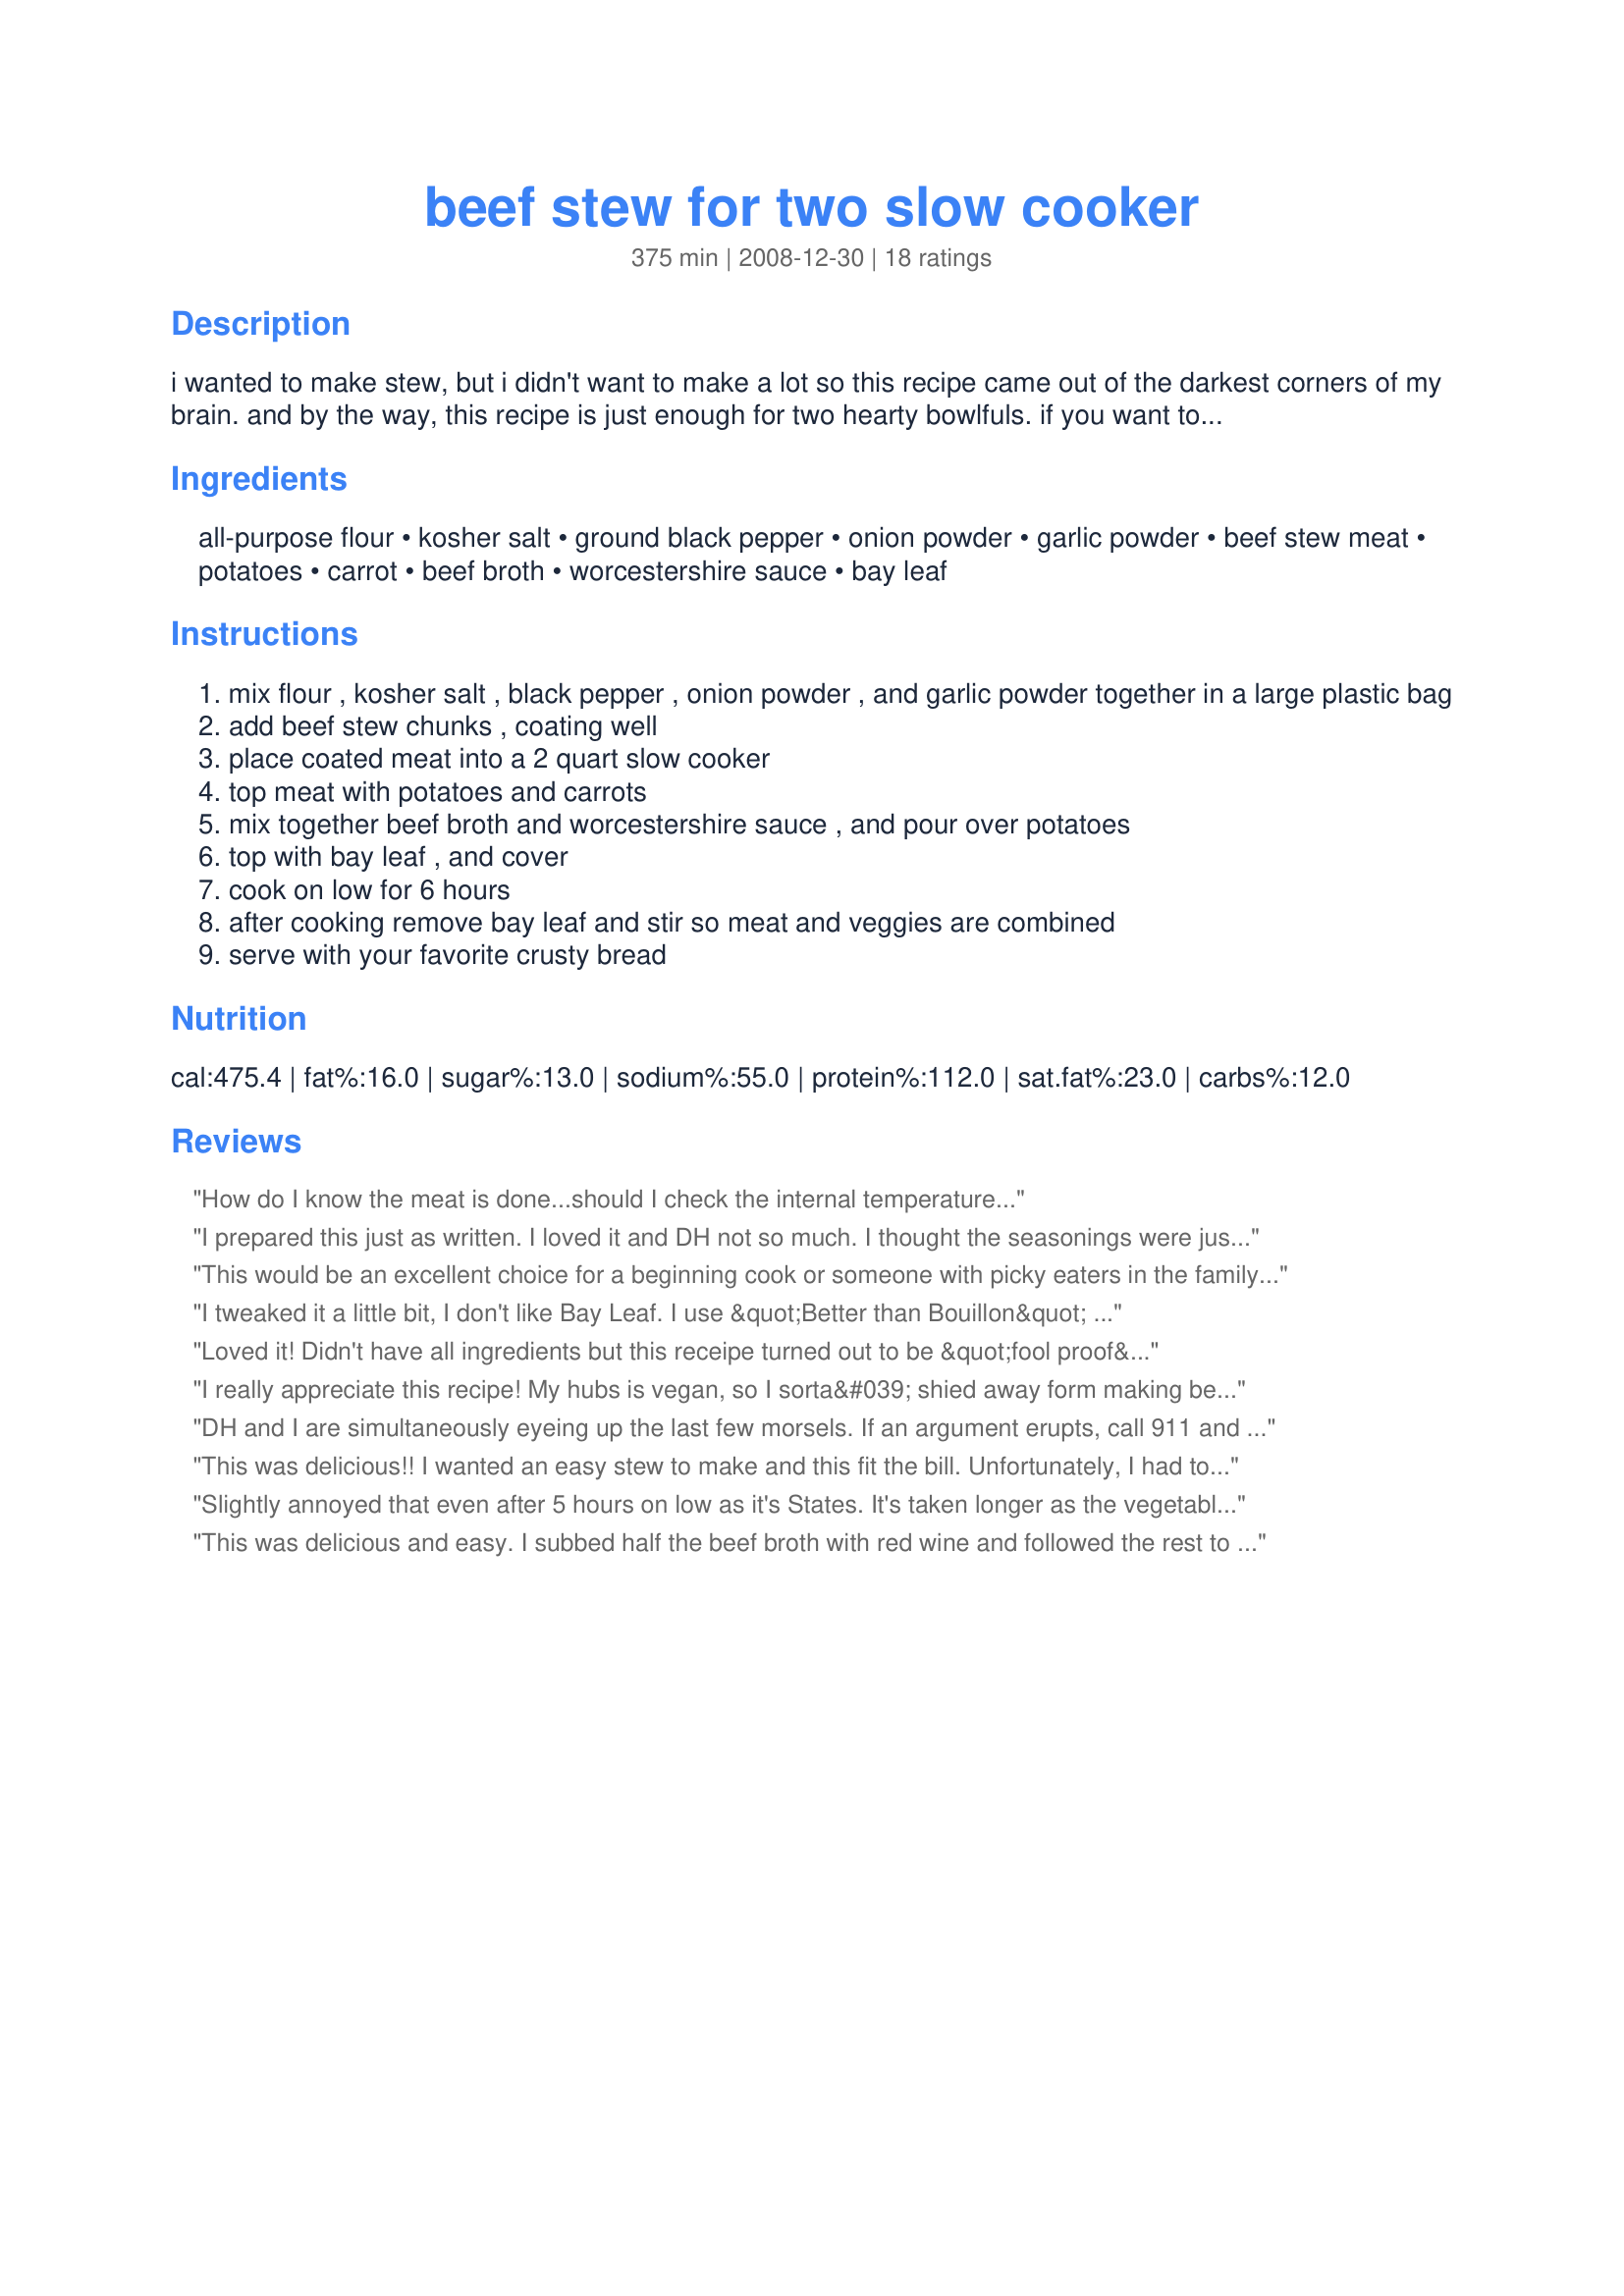
beef stew for two slow cooker
Preparation time: 375 minutes

i wanted to make stew, but i didn't want to make a lot so this recipe came out of the darkest corners of my brain. and by the way, this recipe is just enough for two hearty bowlfuls. if you want to double this, go right ahead. please feel free to adjust the seasonings to your own taste.
submitted to "zaar" on december 30th, 2008.

Ingredients:
all-purpose flour, kosher salt, ground black pepper, onion powder, garlic powder, beef stew meat, potatoes, carrot, beef broth, worcestershire sauce, bay leaf

Steps:
mix flour , kosher salt , black pepper , onion powder , and garlic powder together in a large plastic bag
add beef stew chunks , coating well
place coated meat into a 2 quart slow cooker
top meat with potatoes and carrots
mix together beef broth and worcestershire sauce , and pour over potatoes
top with bay leaf , and cover
cook on low for 6 hours
after cooking remove bay leaf and stir so meat and veggies are combined
serve with your favorite crusty bread

Reviews:
How do I know the meat is done...should I check the internal temperature...
I prepared this just as written. I loved it and DH not so much. I thought the seasonings were just perfect. It did take longer than 6 hours to cook. Perhaps because I used my old crock pot which doesn't cook as hot as the newer appliances. Made for Kittencals Kitchen Crock Pot and Rice Cooker Game.
This would be an excellent choice for a beginning cook or someone with picky eaters in the family. The result is a mild stew which thickens beautifully in the crockpot. I made some changes (half of the meat, added celery & bell pepper, used onions) to meet my family's preferences and was very happy with the result. Served with cornbread and a cucumber salad. Thank you for sharing your recipe!
I tweaked it a little bit, I don't like Bay Leaf. I use &quot;Better than Bouillon&quot; at a pretty high concentration. I add extra potatoes and use baby carrots. I've tried it with wine and without. I prefer it without. The real brilliance and the beauty of this stew, though, is to not having to brown the meat in advance and then not having to thicken the broth at the end. I will say that I get a better flavor if I let it sit several hours (or days) before I eat it. I also like the way that refrigeration will bring a sheet of fat to the top (even using lean or extra lean meat) so I can just scrape it off. Since I discovered this recipe a few weeks ago, I have not been without the stew, it's either in the fridge or in a bowl or in a new batch cooking. Brilliant recipe.
Loved it! Didn't have all ingredients but this receipe turned out to be &quot;fool proof&quot;. Idefinitly would have again.
I really appreciate this recipe! My hubs is vegan, so I sorta&#039; shied away form making beef stew, because all the good recipes I found made a metric ton of the stuff, and, with limited freezer space, I would be the only one left to eat it. Now I can make a batch for myself, have my dad over for dinner, and still have a serving or two left over to freeze! Plus, this recipe really lends itself to subtle tweaks without changing its VERY appealing character. GREAT recipe!
DH and I are simultaneously eyeing up the last few morsels. If an argument erupts, call 911 and report a domestic violence...on him...on him, silly, not me!
This was delicious!! I wanted an easy stew to make and this fit the bill. Unfortunately, I had to leave out the taters and carrots per our new diet. The meat was very tender and tasty. Will make this one again!
Slightly annoyed that even after 5 hours on low as it's States. It's taken longer as the vegetables were raw still, the beef was no where near tender. Feel like I might have to throw 5&pound; worth of food away. Will put on high heat for 2 hours and see if any improvment if not it'll go in the bin.
This was delicious and easy. I subbed half the beef broth with red wine and followed the rest to a T. As someone else suggested, I think I will throw in some frozen peas next time I make this. It seems not all crockpots are created equal, mine was done in 5 hours on low.
This stew is excellent, shapeweaver! I added an extra pound of stew meat and used quartered onions instead of onion powder and adjusted the flour appropriately. The meat is tender and there is no need to thicken the gravy as it is perfect right out of the crockpot! Thanks for the delicious stew, shapeweaver!
A really easy and hearty stew that has just the perfect amount of seasonings. I did use closer to 2lbs. of meat and so adjusted the rest of the ingredients accordingly. This got me 4 good servings. Great comfort food Chef!~
Made for Soups On in the Diabetic Forum~
I made this recipe exactly as written and it came out perfectly! I appreciated not having any extra steps (i.e. browning the beef or vegetables) and it was still extremely flavorful. I also loved that there were NO leftover. THANK YOU!
This is an *excellent* basic stew. The broth thickened nicely with the flour used to coat the meat. I didn't have the onion nor garlic powders, so I used fresh. The next time I make this, I'll probably add some frozen peas close to the finished time. It did take 10 hours on low to cook, but that may have something to do with my slow cooker. In any case, it was very well received around the supper table. Thanks Shapeweaver for a lovely meal. Made for: Soup is On! ~ Jan 2010 - Diabetic Forum
I wish I could be as enthusiastic about this recipe as everyone else. But, I followed the recipe exactly and it came out tasteless and the gravy was very thin.
What a fantastic recipe & an "smaller" portion way to serve the hubby beef stew w/o a ton of leftovers! I DID cut this in half after reading reviews--hubby did eat a big portion but there was a small "side portion" leftover. I ended using 1 1/4 cups of broth & 1/4 cup of water, though--b/c I needed to make sure the veggies & meat were covered well--and I cut down on the veggies. used 1/4 cup carrots & about 1 cup potatoes. I added 1 more tbsp of flour at the end, and whisked it up to thicken a bit more. Mine cooked in about 5 1/2 hours & I enjoyed the ease of the crockpot. Thanks for sharing!!
I just realized I haven't reviewed this yet!I made this last week and when I got home from work,supper was ready...and was it ever tasty!I used a beef roast and cut it up into small pieces,it was amazingly tender.I did not have beef broth so I used onion soup mix/soup base instead and it worked great.I thought it might be too onion-y but not at all.This made enough for 4 people so I froze the rest for another meal.This is a great basic beef stew,just what I wanted.Thanks!
Made yesterday exactly as recipe. After six hours the meat was chewy, carrots and potatoes were raw and uncooked. Slow cooker was working fine. Should this recipe have said, use high temp for six hours??? I put the stew in a baking pan and cooked in oven 350 degrees for 40 minutes or so. Every ingredient was then cooked but liquid still watery and the entire recipe had no flavor. Wondering what went wrong.
